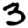
Digit: 3